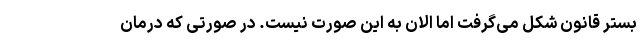
بستر قانون شکل می‌گرفت اما الان به این صورت نیست. در صورتی که درمان